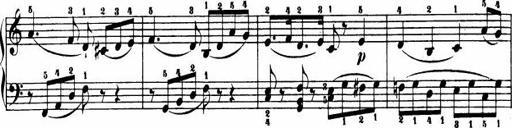
Title: Le bouquetier
Composer: Anton Diabelli
Key: G major
 C major
 F major
 C major